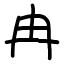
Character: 冉